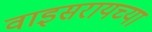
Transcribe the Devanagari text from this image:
वाइसरायच्या